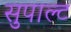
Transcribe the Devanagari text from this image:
सुपाल्ट